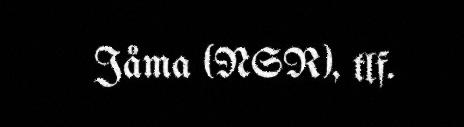
Jåma (NSR), tlf.